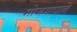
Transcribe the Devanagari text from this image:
मोजमापाने